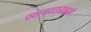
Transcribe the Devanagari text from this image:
स्वागताध्यक्षाने